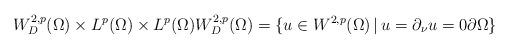
LaTeX: \begin{align*}W^{2, p}_{D}(\Omega) \times L^{p}(\Omega) \times L^{p}(\Omega) W^{2, p}_{D}(\Omega) = \{u \in W^{2, p}(\Omega) \,|\, u = \partial_{\nu} u = 0 \partial \Omega\} \end{align*}